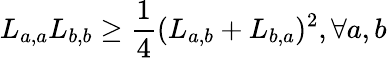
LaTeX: L_{a,a}L_{b,b}\ge\frac{1}{4}(L_{a,b}+L_{b,a})^{2},\forall a,b